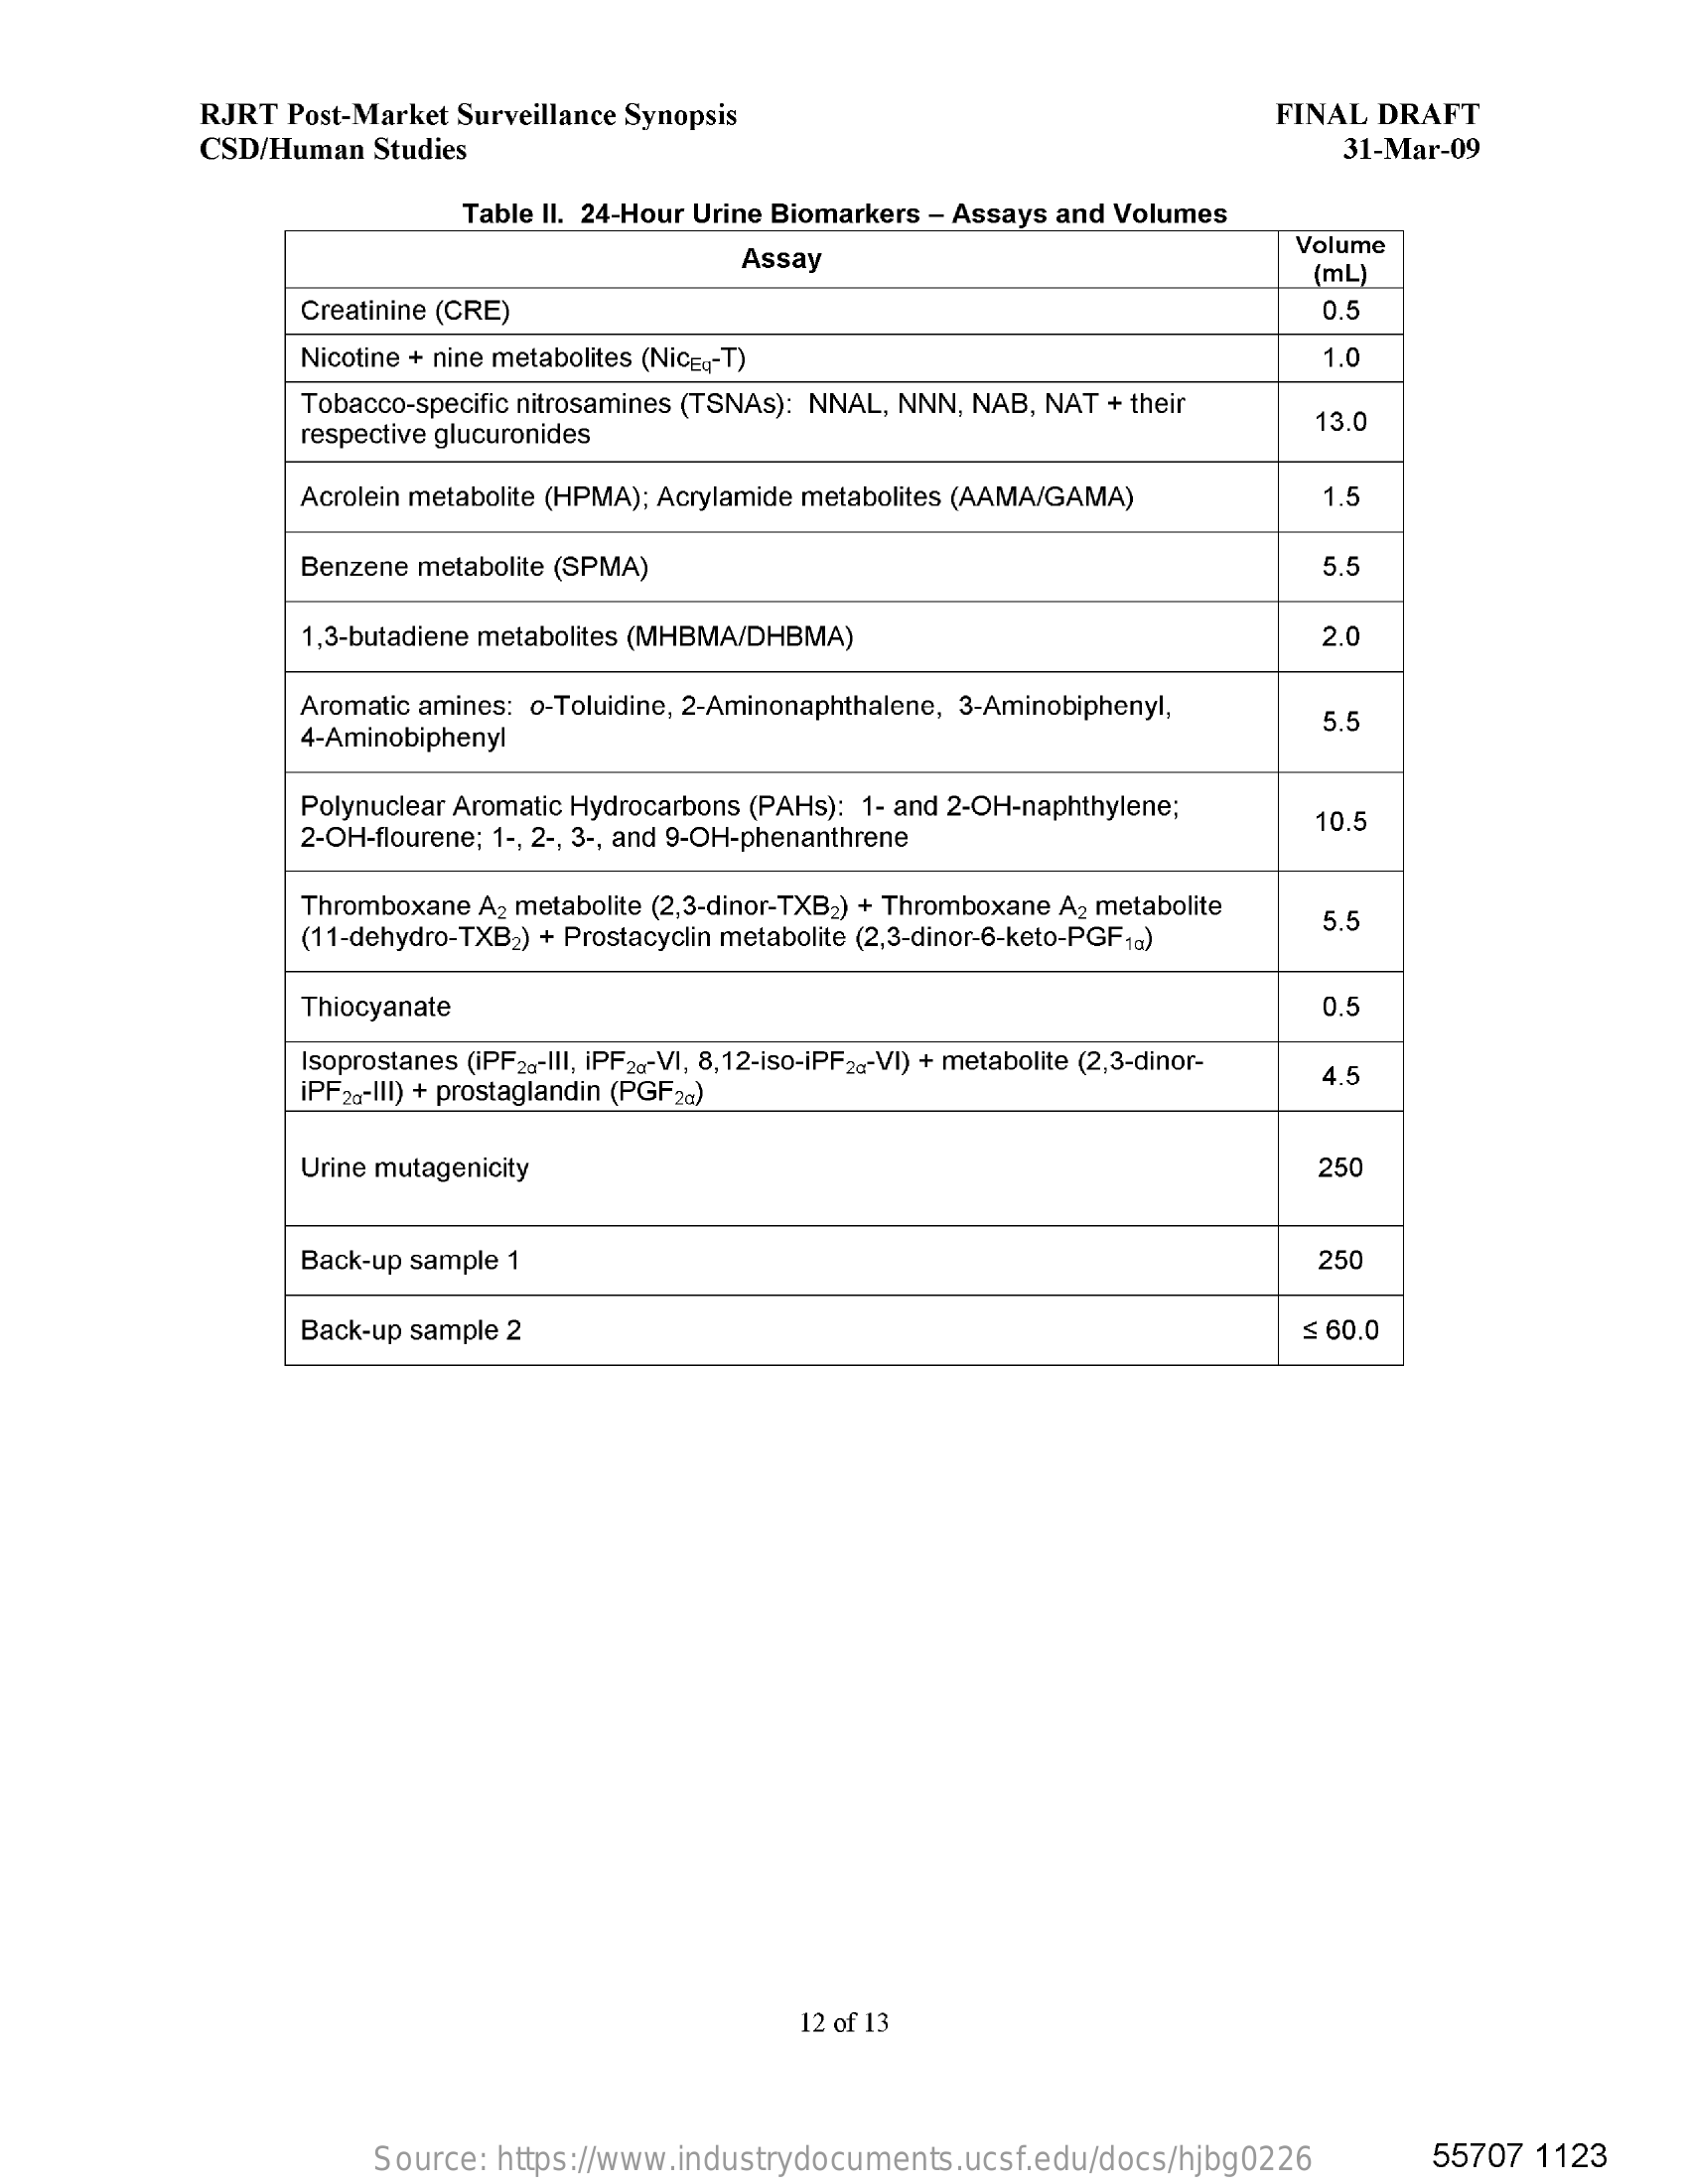
RJRT   Post-Market  Surveillance  Synopsis    FINAL   DRAFT
     CSD/Human    Studies    31-Mar-09
     Table II. 24-Hour Urine Biomarkers   - Assays  and  Volumes
     Assay
     Volume
     (mL
     Creatinine (CRE)    0.5
     Nicotine + nine metabolites (NicE ,- T)    1.0
     Tobacco-specific nitrosamines (TSNAs):  NNAL,  NNN,  NAB,  NAT  + their
     respective glucuronides
     13.0
     Acrolein metabolite (HPMA); Acrylamide  metabolites (AAMA/GAMA)    1.5
     Benzene  metabolite (SPMA)    5.5
     1,3-butadiene metabolites (MHBMA/DHBMA)    2.0
     Aromatic amines:  o-Toluidine, 2-Aminonaphthalene,   3-Aminobiphenyl,
     4-Aminobiphenyl
     5.5
     Polynuclear Aromatic Hydrocarbons   (PAHs):  1- and 2-OH-naphthylene;
     2-OH-flourene; 1 -, 2 -, 3 -, and 9-OH-phenanthrene
     10.5
     Thromboxane   A2 metabolite (2,3-dinor-TXB2) + Thromboxane   A2 metabolite
     (11-dehydro-TXB2)  + Prostacyclin metabolite (2,3-dinor-6-keto-PGF1G)
     5.5
     Thiocyanate    0.5
     Isoprostanes (iPF26-III, iPF20-VI, 8,12-iso-iPF2 ,- VI) + metabolite (2,3-dinor-
     iPF 2%-III) + prostaglandin (PGF2G)
     4.5
     Urine mutagenicity    250
     Back-up  sample  1    250
     Back-up  sample 2    $ 60.0
     12 of 13
     Source:   https://www.industrydocuments.ucsf.edu/docs/hjbg0226    55707   1123